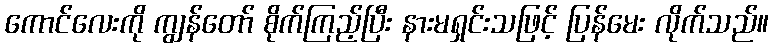
ကောင်လေးကို ကျွန်တော် စိုက်ကြည့်ပြီး နားမရှင်းသဖြင့် ပြန်မေး လိုက်သည်။